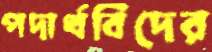
পদার্থবিদের